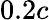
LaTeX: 0.2c